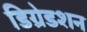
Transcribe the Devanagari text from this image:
डिग्रेडशन